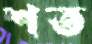
শত